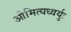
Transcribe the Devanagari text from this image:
ओमित्यध्वर्युः